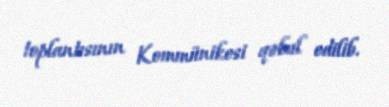
toplantısının Kommünikesi qəbul edilib.